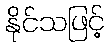
နိုင်သဖြင့်